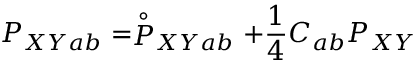
P _ { X Y a b } = \stackrel { \circ } { P } _ { X Y a b } + { \frac { 1 } { 4 } } C _ { a b } P _ { X Y }